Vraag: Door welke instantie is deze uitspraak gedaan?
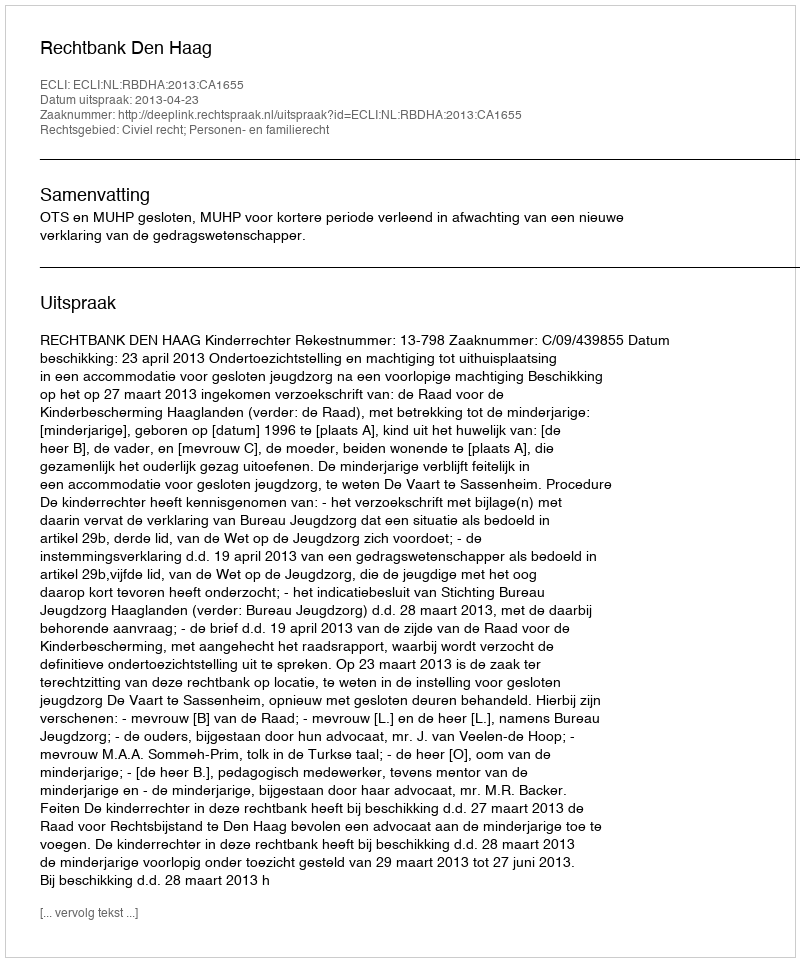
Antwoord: Rechtbank Den Haag